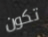
تكون